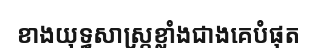
ខាងយុទ្ធសាស្ត្រខ្លាំងជាងគេបំផុត